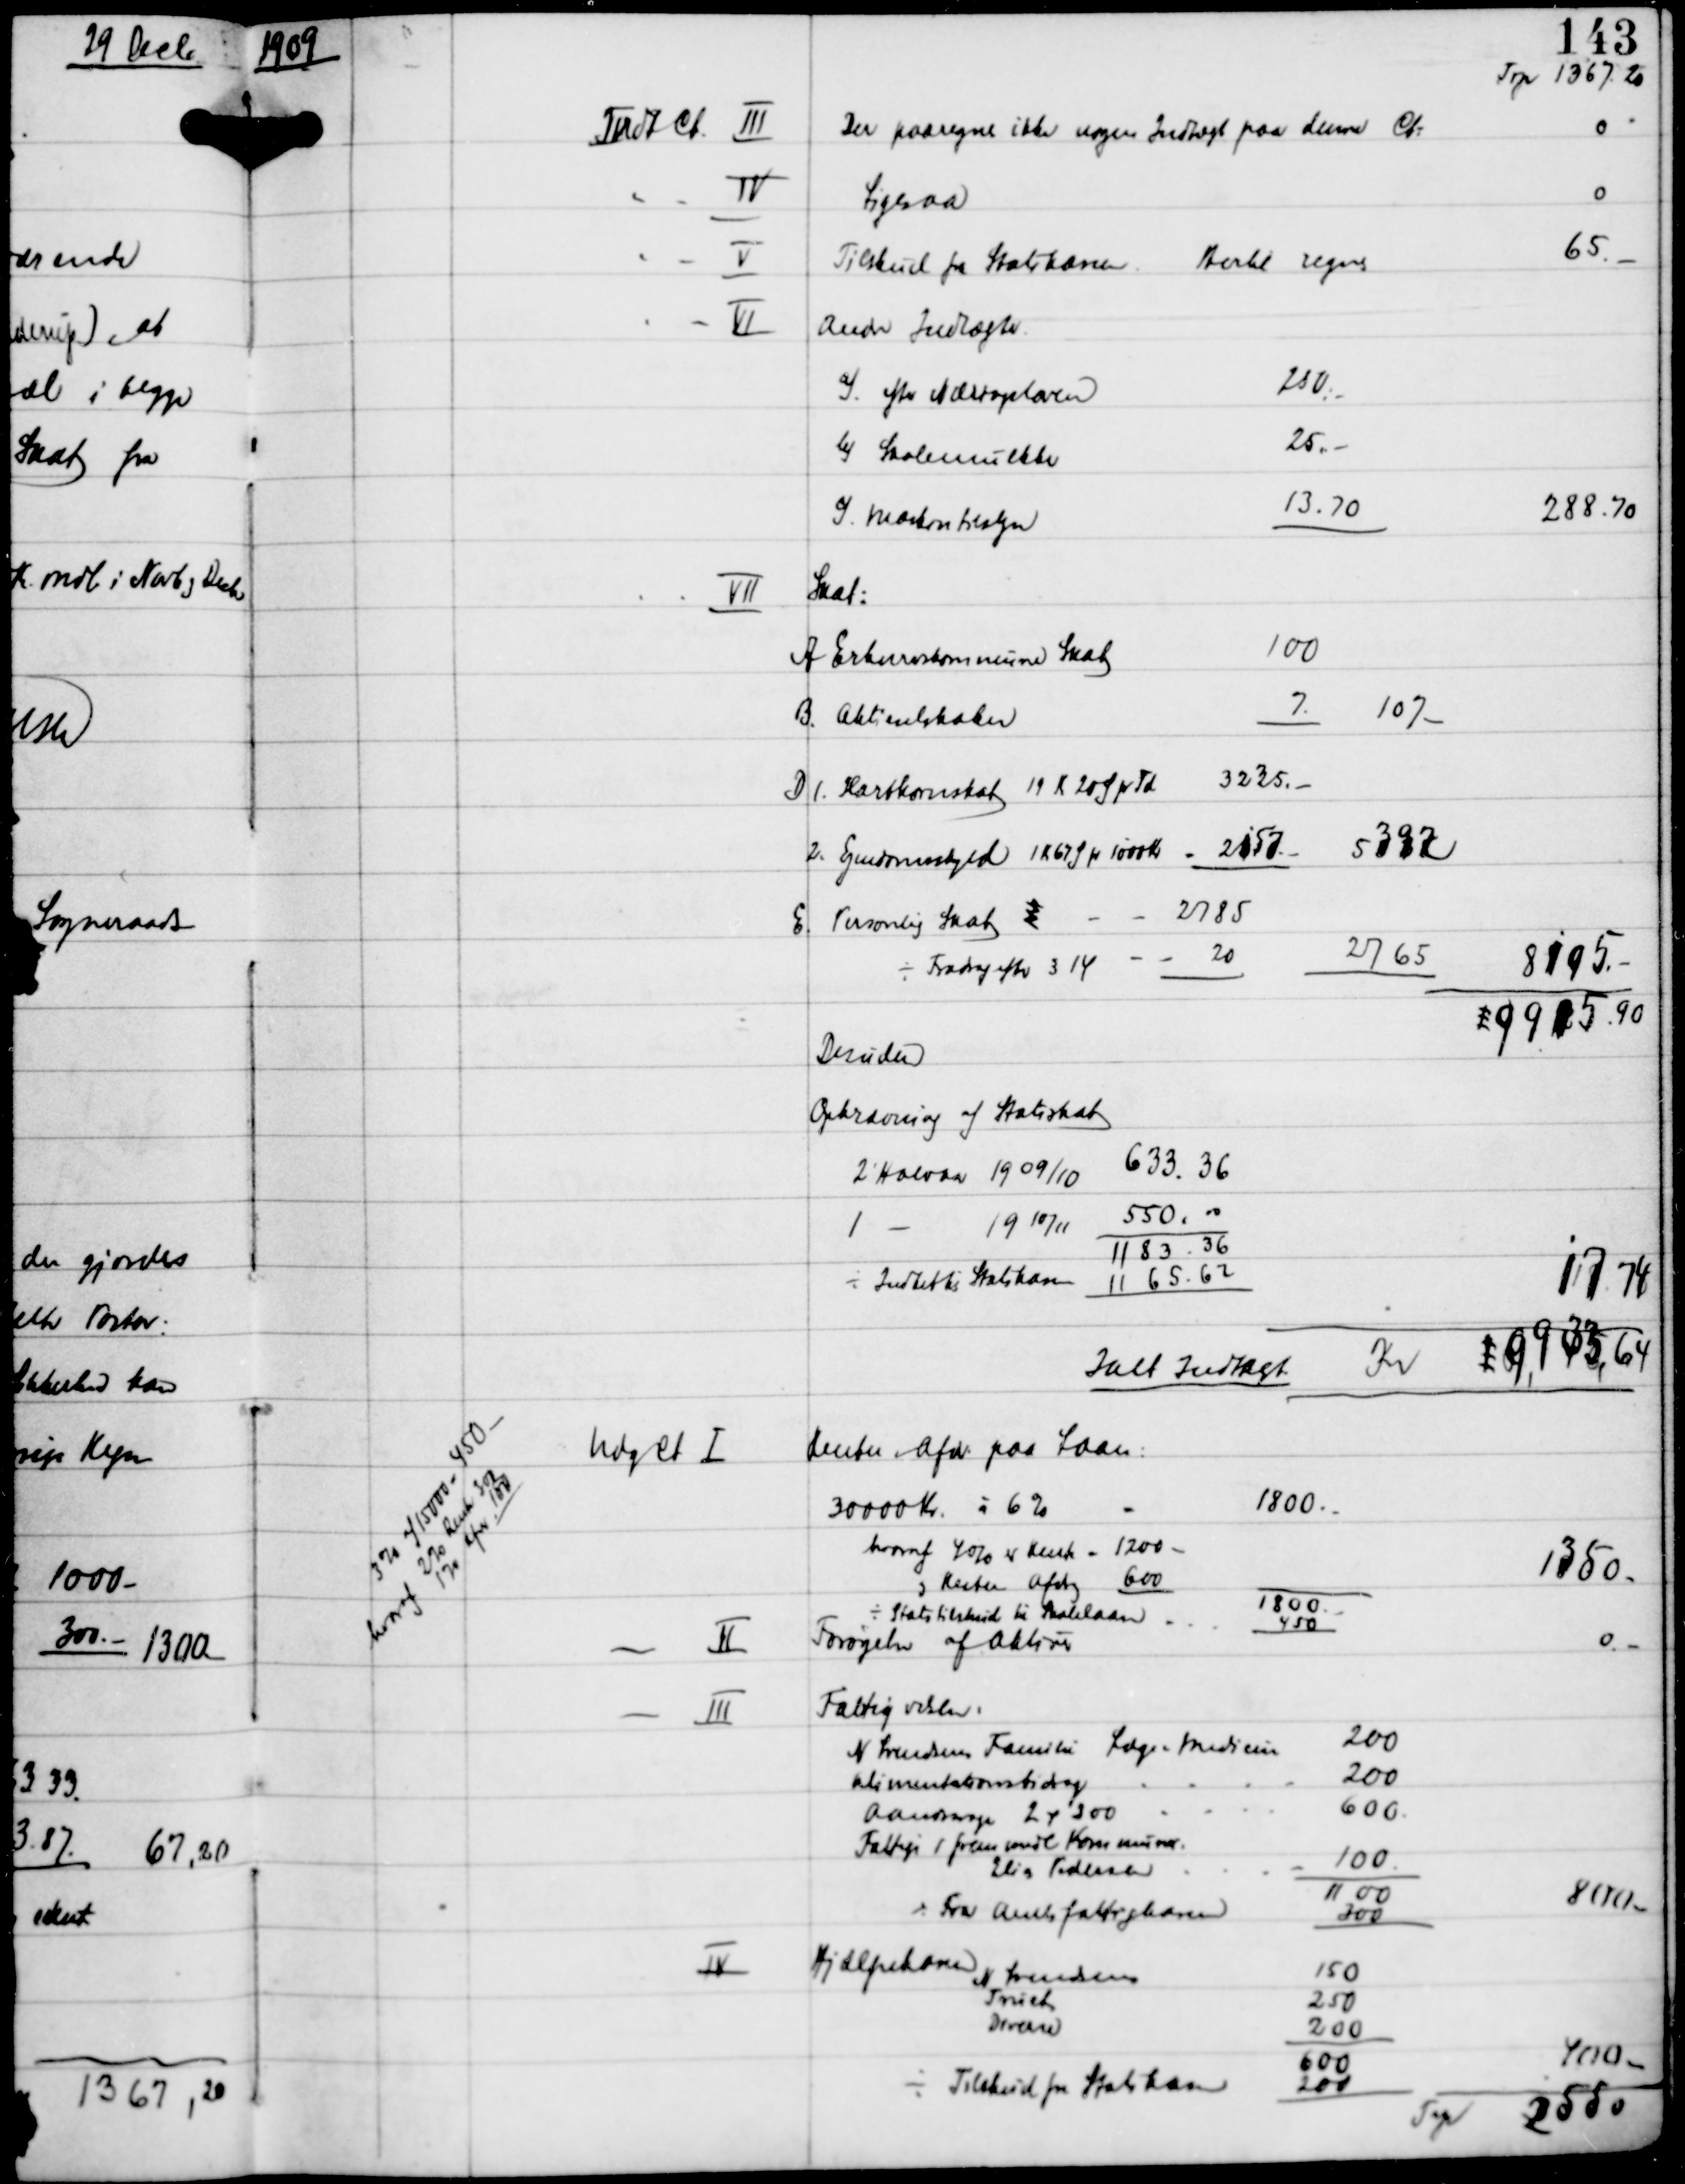
Transskription:
1909

Trp 1367.20

VII

Desuden

Opkrævning af Statsskat

3% af 15000 = 450 -
heraf 2% Rente 300
170 Afd 180

Udg Ct I

- II

Forøgelse af Aktiver
0.-

- III

IV